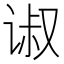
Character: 𰵴